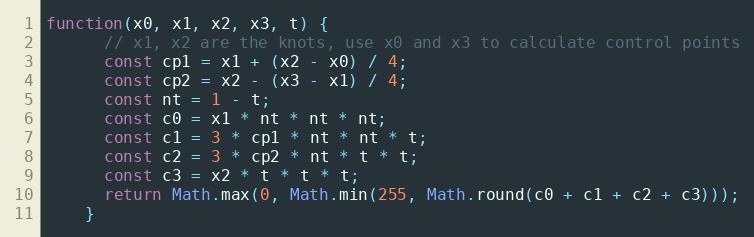
Language: JavaScript
function(x0, x1, x2, x3, t) {
      // x1, x2 are the knots, use x0 and x3 to calculate control points
      const cp1 = x1 + (x2 - x0) / 4;
      const cp2 = x2 - (x3 - x1) / 4;
      const nt = 1 - t;
      const c0 = x1 * nt * nt * nt;
      const c1 = 3 * cp1 * nt * nt * t;
      const c2 = 3 * cp2 * nt * t * t;
      const c3 = x2 * t * t * t;
      return Math.max(0, Math.min(255, Math.round(c0 + c1 + c2 + c3)));
    }